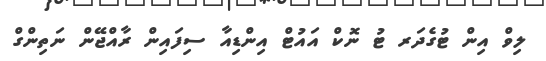
ލިވް އިން ޓުގެދަރ ޓު ނޮކް އައުޓް އިންޑިއާ ސިފައިން ރާއްޖޭން ނަތިންގް